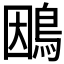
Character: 𮬴